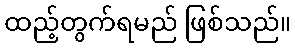
ထည့်တွက်ရမည် ဖြစ်သည်။